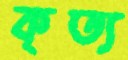
কৃত্য